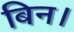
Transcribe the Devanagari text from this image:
बिन।